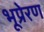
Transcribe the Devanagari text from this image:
भूप्रेरण